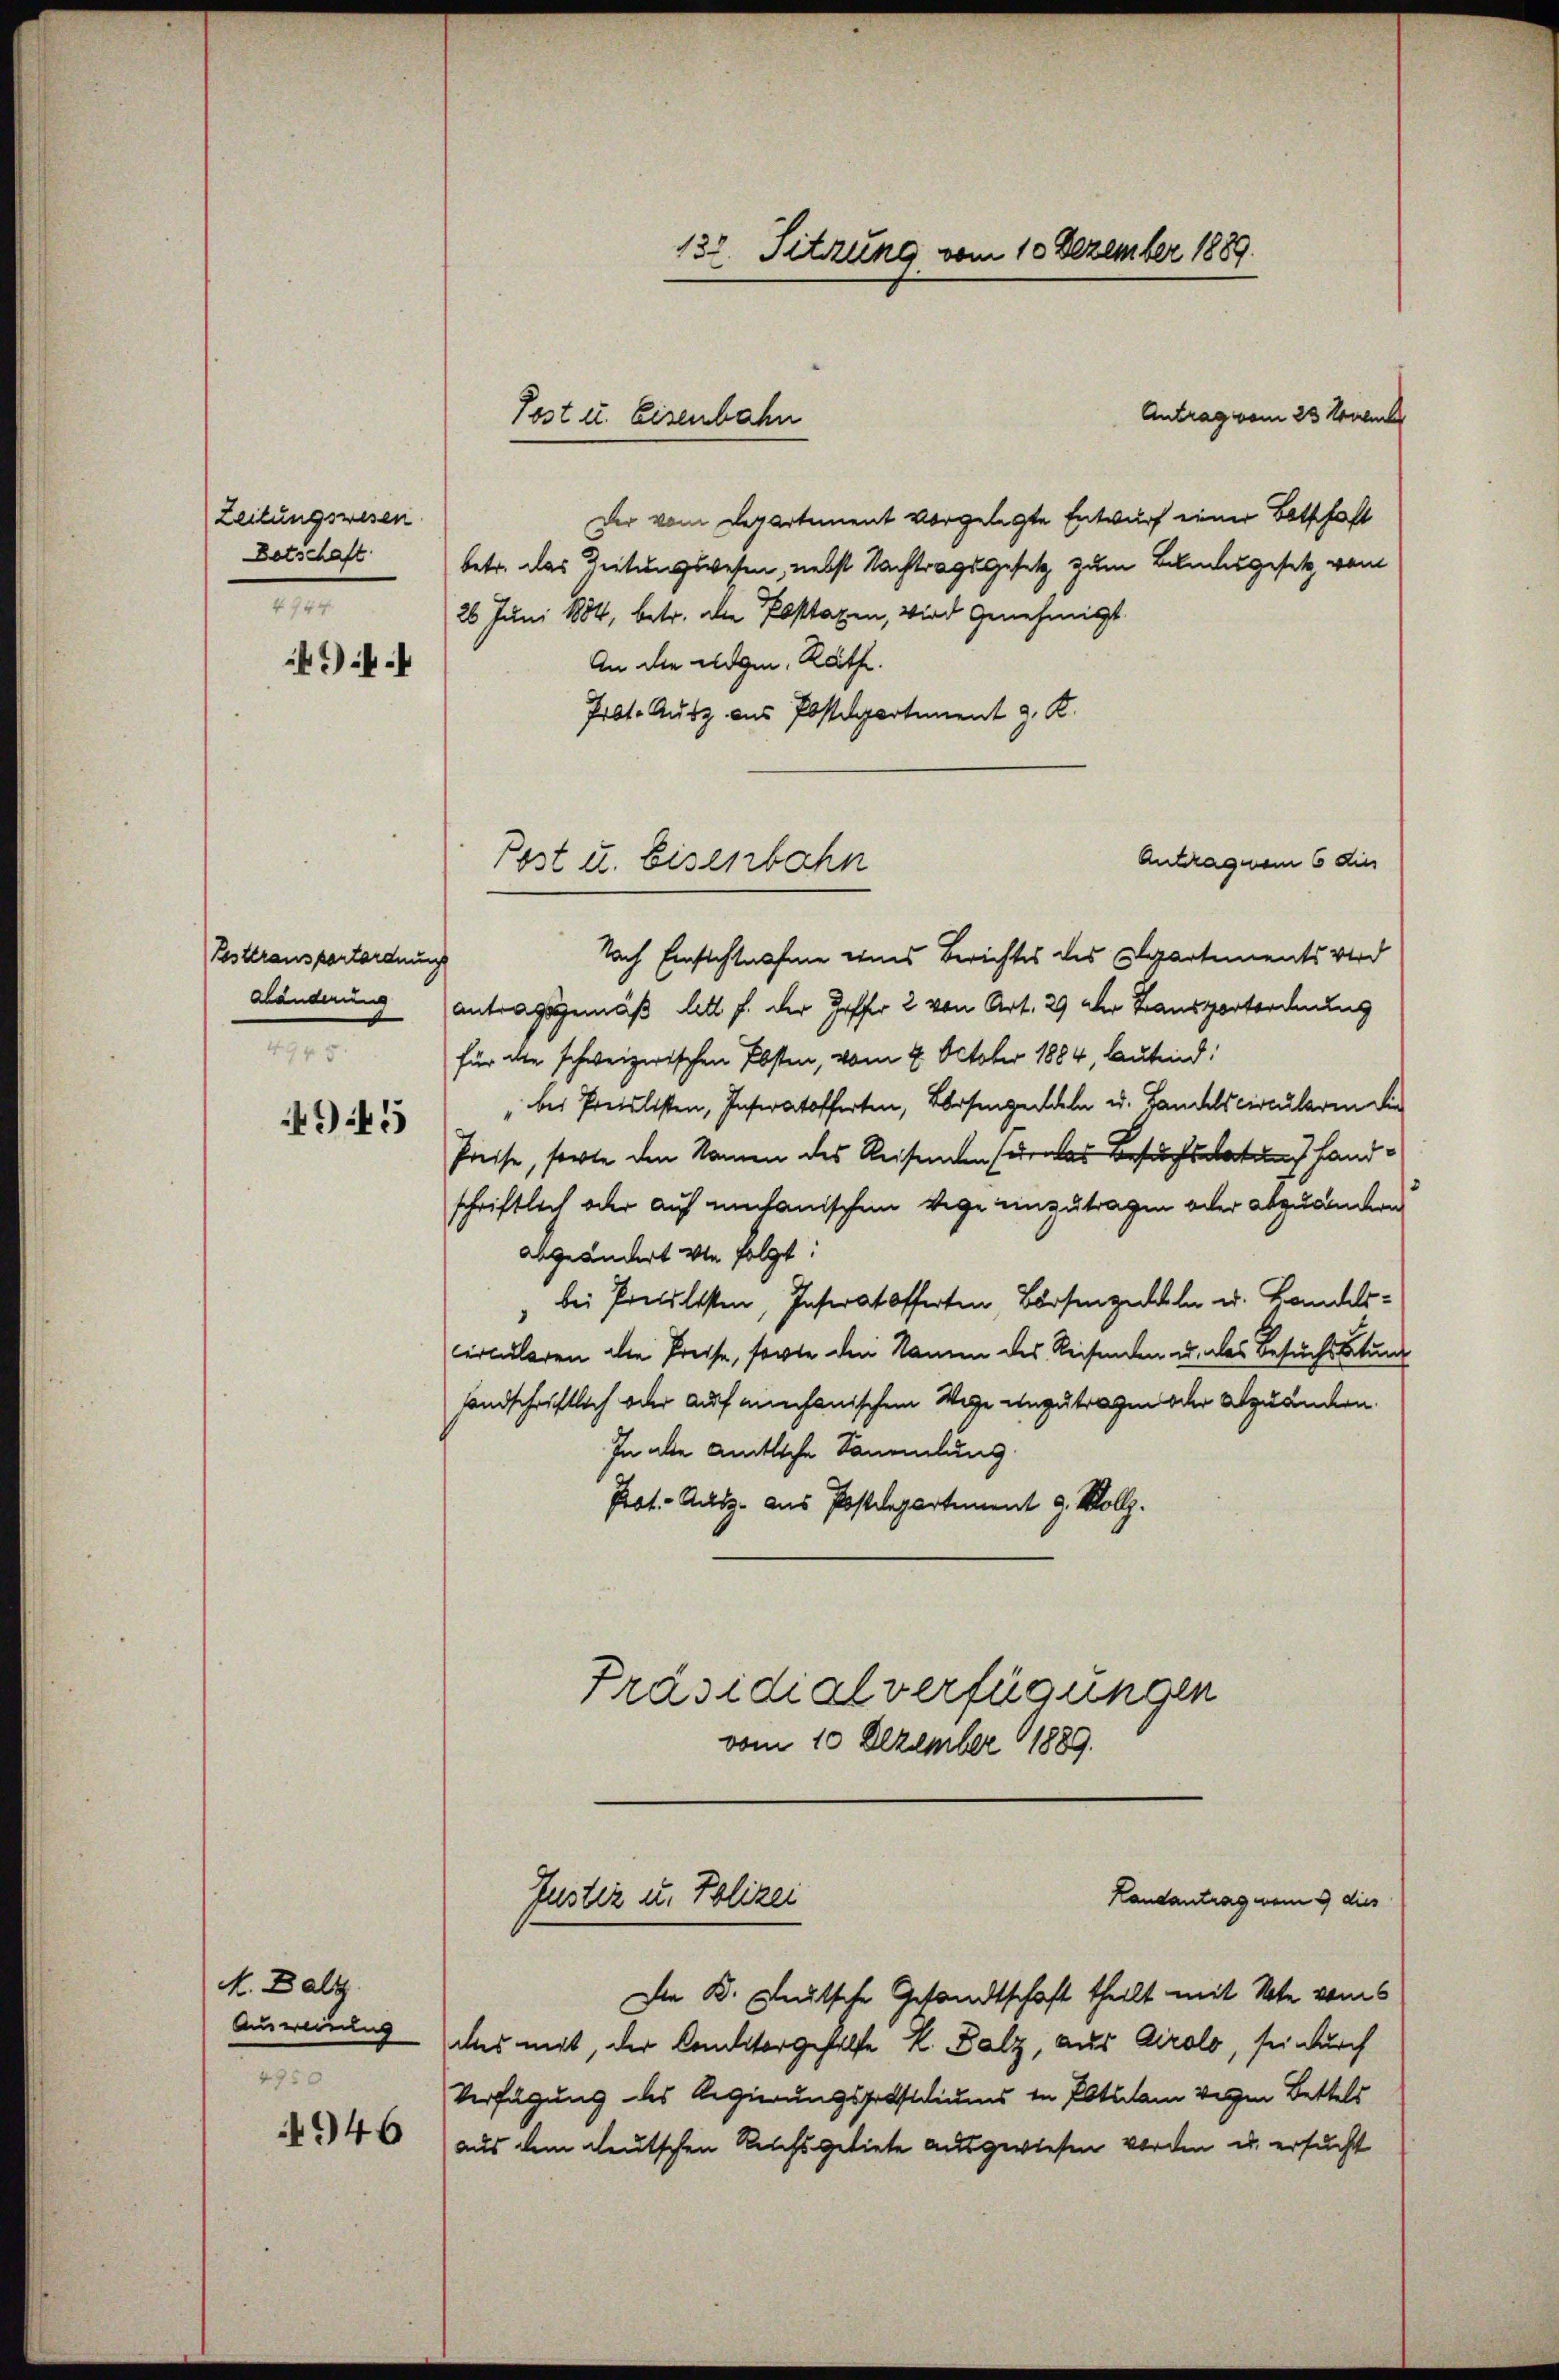
Zeitungswesen
Botschaft
4944
) als i

Festtransportordnungs
Händerung
494. 8.

445

M.Dalz.
Ausweisung
4750
946

Antrag vom 23 tener
Der vom Departement vorgelegte Entwurf einer Botschaft
betr. das Zeitungswesen, nebst Nachtragsgesetz zum Bandesgesetz vom
26 Juni 1884, betr. die Posttaxen, wird genehmigt
An die Eidgen. Räthe.
Prbt. Ausz aus Postdepartement z. K.
Antragnen 6 dies
Nach Einsichtnahme eines Berichtes des Departements wird
antragsgemäß litt f. der Hoffer 2 von Art. 29 der Transportordnung
für die schweizerischen Absten, vom 9. Oktober 1884, lautend:
bei Preislisten, Inseratofferten, Vorsengendeln u. Landels circularen die
Preise, sorte den Namen des Reisenden seines Besuchsten Handschriftlich oder auf mitanischen Wege einzutragen oder abzuändern
abgeändert wie folgt:
bei Preislisten, Inseratofferten Börsengeln u. Handelscircularen die Preise, sowie den Namen des Reisenden u. das Besuchs bietun
fandschriftlich oder auf mechanischem Wege unzutragen oder abzuändern.
In alle amtliche Sammlung
Prot. Ausz. aus Postdepartement 9. Vollz
Präsidialverfügungen
vom 10 Dezember 1889.
Landantrag vom 9 dies
Justiz u. Polizei
Die K. Deutsche Gesandtschaft theilt mit Note vom 5
uns mit, der Comtorgehilfe k. Palz, aus Airolo, sei durch
Verfügung des Regierungspostiums in Potsdam vergen Bettels
aus dem deutschen Reichsgebiete ausgewiesen worden u. ersucht

Post u. Eisenbahn

Pest u. Eisenbahn

138. Sitzung vom 10 Dezember 1889.